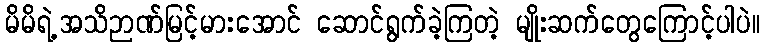
မိမိရဲ့အသိဉာဏ်မြင့်မားအောင် ဆောင်ရွက်ခဲ့ကြတဲ့ မျိုးဆက်တွေကြောင့်ပါပဲ။